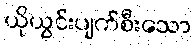
ယိုယွင်းပျက်စီးသော